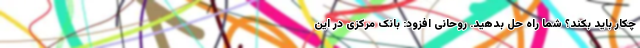
چکار باید بکند؟ شما راه حل بدهید. روحانی افزود: بانک مرکزی در این